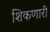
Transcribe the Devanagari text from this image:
शिकणारी